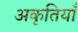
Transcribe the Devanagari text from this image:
अकृतियाँ